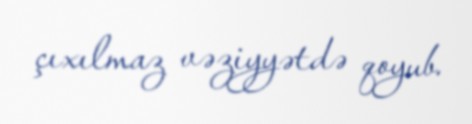
çıxılmaz vəziyyətdə qoyub.